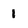
Character: 1